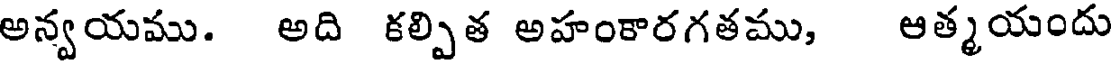
అన్వయము. అది కల్పిత అహంకారగతము, ఆత్మయందు